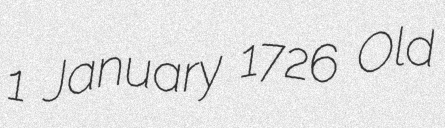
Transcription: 1 January 1726 Old